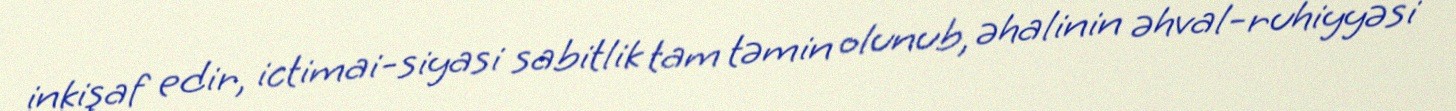
inkişaf edir, ictimai-siyasi sabitlik tam təmin olunub, əhalinin əhval-ruhiyyəsi